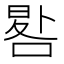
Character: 𠷳